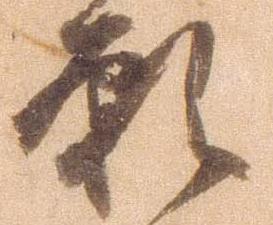
願